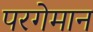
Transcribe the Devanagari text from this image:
परगेमान